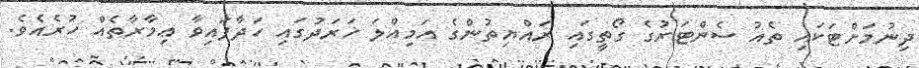
ދިނުމަށްޓަކައި ތެއު ސެންޓަރުގެ ގޯތީގައި ރައްޔިތުންގެ އަމިއްލަ ޚަރަދުގައި ހަދާފައިވާ ޢިމާރާތެއް ހުރެއެވެ.